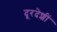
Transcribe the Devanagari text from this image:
दूरदेशीं